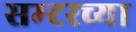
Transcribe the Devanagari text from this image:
सम्टरच्या